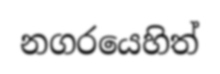
නගරයෙහිත්